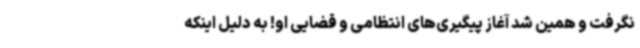
نگرفت و همین شد آغاز پیگیری‌های انتظامی و قضایی او! به دلیل اینکه